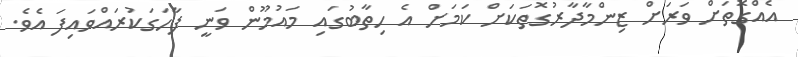
އެއްގޮތަށް ވަރަށް ޒިންމާދާރުގޮތަކަށް ކަމަށް އެ ހިތާބުގައި މައުމޫން ވަނީ ފާހަގަކުރައްވައިފަ އެވެ.